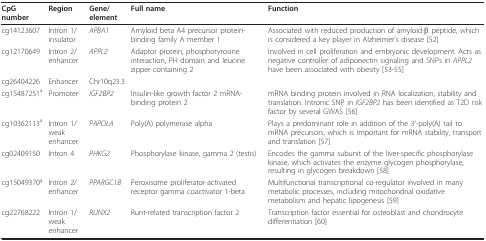
<table><thead><tr><td><b>CpG number</b></td><td><b>Region</b></td><td><b>Gene/ element</b></td><td><b>Full name</b></td><td><b>Function</b></td></tr></thead><tbody><tr><td>cg14123607</td><td>Intron 1/insulator</td><td><i>APBA1</i></td><td>Amyloid beta A4 precursor protein-binding family A member 1</td><td>Associated with reduced production of amyloid-β peptide, which is considered a key player in Alzheimer&#x27;s disease [52]</td></tr><tr><td>cg12170649</td><td>Intron 2/enhancer</td><td><i>APPL2</i></td><td>Adaptor protein, phosphotyrosine interaction, PH domain and leucine zipper containing 2</td><td>Involved in cell proliferation and embryonic development. Acts as negative controller of adiponectin signaling and SNPs in <i>APPL2 </i>have been associated with obesity [53-55]</td></tr><tr><td>cg26404226</td><td>Enhancer</td><td>Chr10q23.3</td><td></td><td></td></tr><tr><td>cg15487251<sup>a</sup></td><td>Promoter</td><td><i>IGF2BP2</i></td><td>Insulin-like growth factor 2 mRNA-binding protein 2</td><td>mRNA binding protein involved in RNA localization, stability and translation. Intronic SNP in <i>IGF2BP2 </i>has been identified as T2D risk factor by several GWAS [56]</td></tr><tr><td>cg10362113<sup>a</sup></td><td>Intron 1/weak enhancer</td><td><i>PAPOLA</i></td><td>Poly(A) polymerase alpha</td><td>Plays a predominant role in addition of the 3&#x27;-poly(A) tail to mRNA precursors, which is important for mRNA stability, transport and translation [57]</td></tr><tr><td>cg02409150</td><td>Intron 4</td><td><i>PHKG2</i></td><td>Phosphorylase kinase, gamma 2 (testis)</td><td>Encodes the gamma subunit of the liver-specific phosphorylase kinase, which activates the enzyme glycogen phosphorylase, resulting in glycogen breakdown [58]</td></tr><tr><td>cg15049370<sup>a</sup></td><td>Intron 2/enhancer</td><td><i>PPARGC1B</i></td><td>Peroxisome proliferator-activated receptor gamma coactivator 1-beta</td><td>Multifunctional transcriptional co-regulator involved in many metabolic processes, including mitochondrial oxidative metabolism and hepatic lipogenesis [59]</td></tr><tr><td>cg22768222</td><td>Intron 1/weak enhancer</td><td><i>RUNX2</i></td><td>Runt-related transcription factor 2</td><td>Transcription factor essential for osteoblast and chondrocyte differentiation [60]</td></tr></tbody></table>